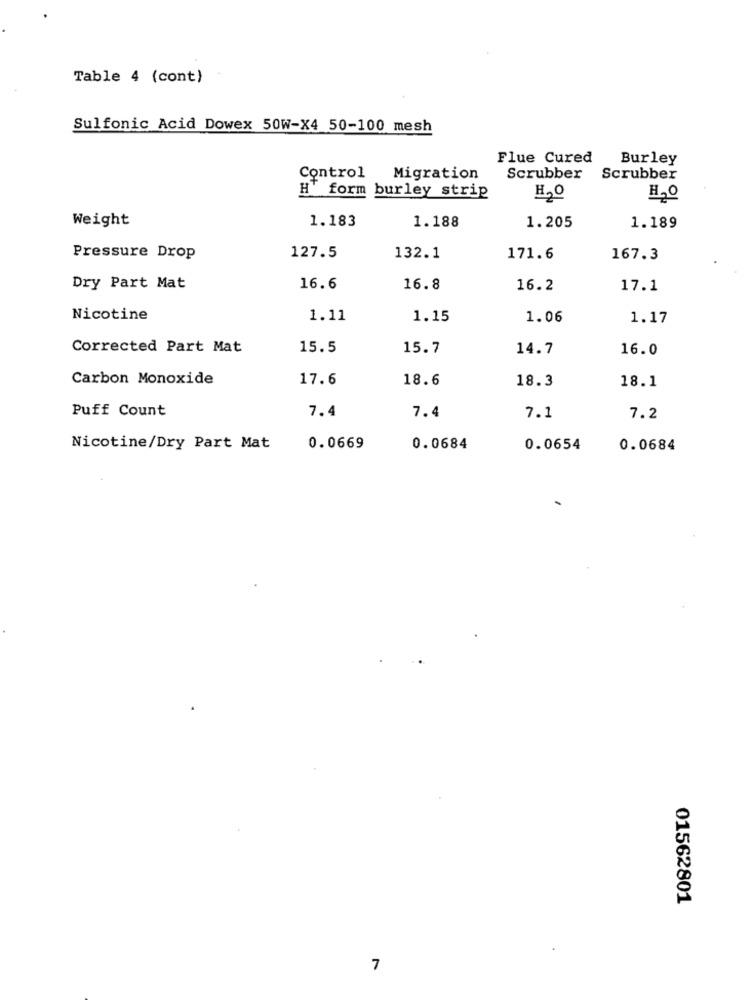
Table 4 (cont)
Sulfonic Acid Dowex 50W-X4 50-100 mesh
Flue Cured
Burley
Control Migration
Scrubber
Scrubber
H' form burley strip
H2O
HO
Weight
1.183
1.188
1.205
1.189
Pressure Drop
127.5
132.1
171.6
167.3
Dry Part Mat
16.6
16.8
16.2
17.1
Nicotine
1.11
1.15
1.06
1.17
Corrected Part Mat
15.5
15.7
14.7
16.0
Carbon Monoxide
17.6
18.6
18.3
18.1
Puff Count
7.4
7.4
7.1
7.2
Nicotine/Dry Part Mat
0.0669
0.0684
0.0654
0.0684
01562801
7